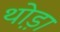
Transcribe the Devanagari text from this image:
थो़ड़ा